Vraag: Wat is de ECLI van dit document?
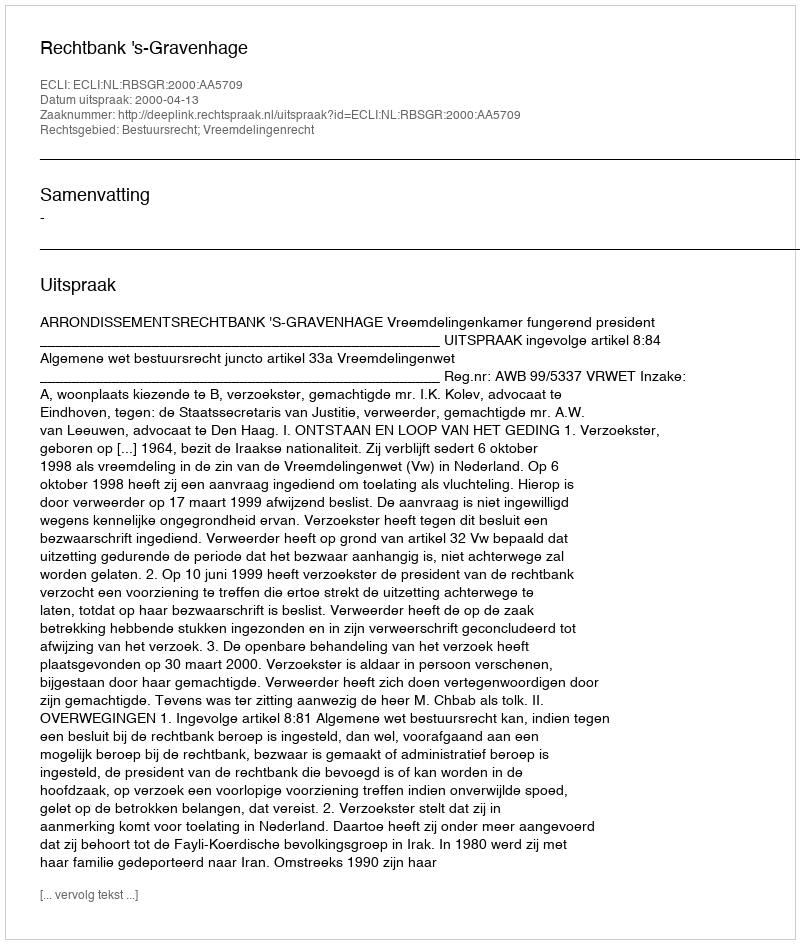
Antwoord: ECLI:NL:RBSGR:2000:AA5709